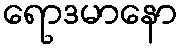
ရောဒမာနော